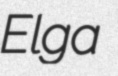
Elga